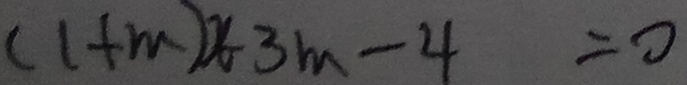
( 1 + m ) x 3 m - 4 = 0